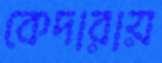
কেদারায়